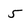
Character: 5